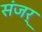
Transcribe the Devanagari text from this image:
संजर्